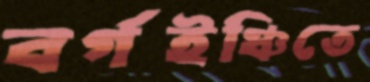
বর্গইঞ্চিতে